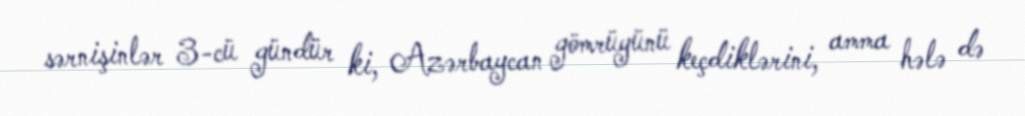
sərnişinlər 3-cü gündür ki, Azərbaycan gömrüyünü keçdiklərini, amma hələ də